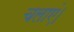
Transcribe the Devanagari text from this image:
चलाएं।